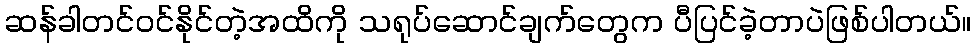
ဆန်ခါတင်ဝင်နိုင်တဲ့အထိကို သရုပ်ဆောင်ချက်တွေက ပီပြင်ခဲ့တာပဲဖြစ်ပါတယ်။